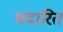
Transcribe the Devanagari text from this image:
भंदारित